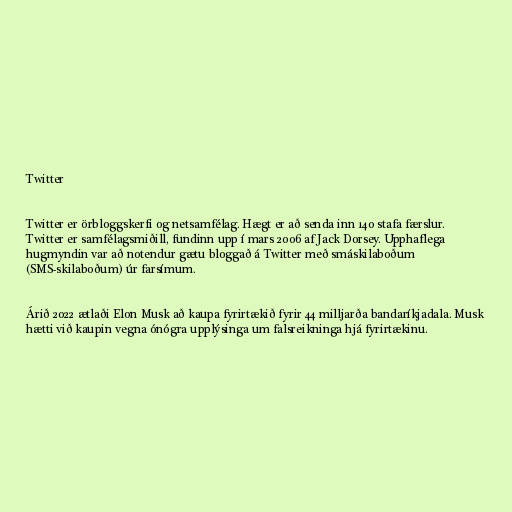
Twitter

Twitter er örbloggskerfi og netsamfélag. Hægt er að senda inn 140 stafa færslur.
Twitter er samfélagsmiðill, fundinn upp í mars 2006 af Jack Dorsey. Upphaflega
hugmyndin var að notendur gætu bloggað á Twitter með smáskilaboðum
(SMS-skilaboðum) úr farsímum.

Árið 2022 ætlaði Elon Musk að kaupa fyrirtækið fyrir 44 milljarða bandaríkjadala. Musk
hætti við kaupin vegna ónógra upplýsinga um falsreikninga hjá fyrirtækinu.